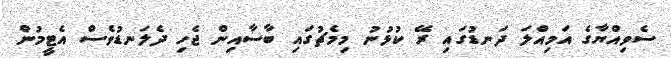
ސެވިއްޔާގެ އަމިއްލަ ދަނޑުގައި ރޭ ކުޅުނު މިމެޗުގައި ބާސާއިން ޖެހި ދެލަނޑުވެސް އެޓީމުން